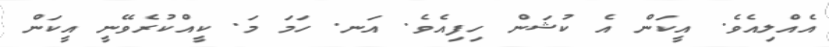
އެއްލިއެވެ. އީކަން އެ ކުޝަން ހިފިއެވެ. އަނ. ހަމަ މަ. ކީއްކުރެވޭނީ އީކަން